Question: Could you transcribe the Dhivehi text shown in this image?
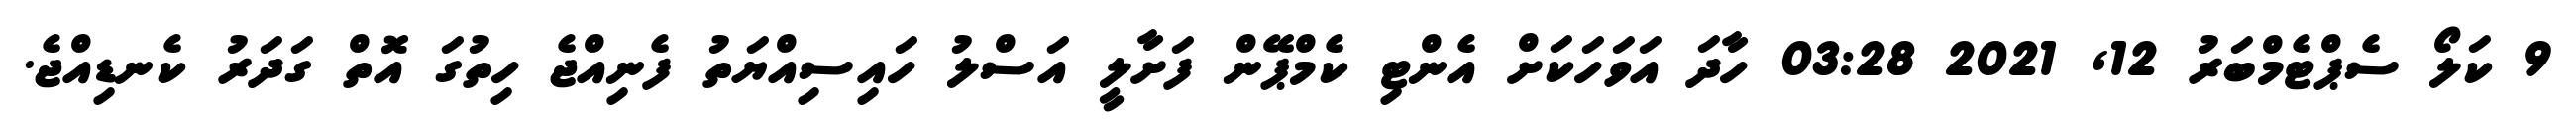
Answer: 9 ކަލޯ ސެޕްޓެމްބަރު 12, 2021 03:28 ހާދަ އަވަހަކަށް އެންޓި ކެމްޕޭން ފަށާލީ އަސްލު ހައިސިއްޔަތު ފެނިއްޖެ ހިތުގަ އޮތް ގަދަރު ކެނޑިއްޖެ.